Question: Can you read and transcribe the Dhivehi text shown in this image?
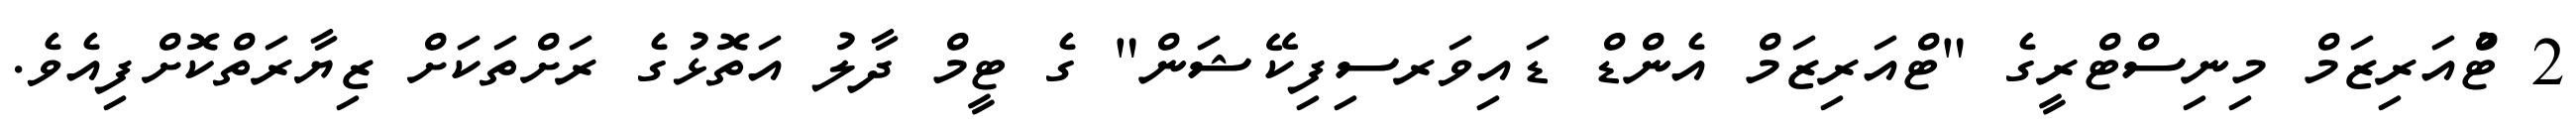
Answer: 2 ޓްުއަރިޒަމް މިނިސްޓްރީގެ "ޓްއަރިޒަމް އެންޑް ޑައިވަރސިފިކޭޝަން" ގެ ޓީމް ދާލު އަތޮޅުގެ ރަށްތަކަށް ޒިޔާރަތްކޮށްފިއެވެ.